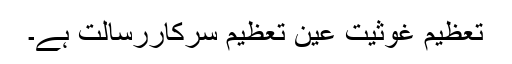
تعظیم غوثیت عین تعظیم سرکاررسالت ہے۔